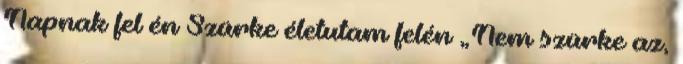
Napnak fel én Szürke életutam felén „Nem szürke az,